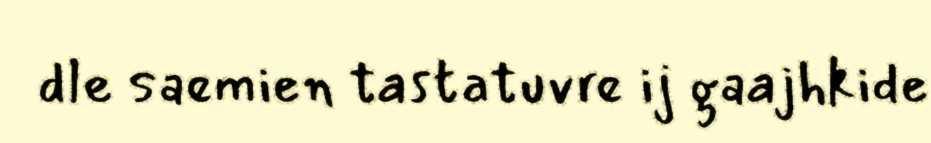
dle saemien tastatuvre ij gaajhkide